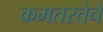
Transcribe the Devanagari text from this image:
कमतरतेचे